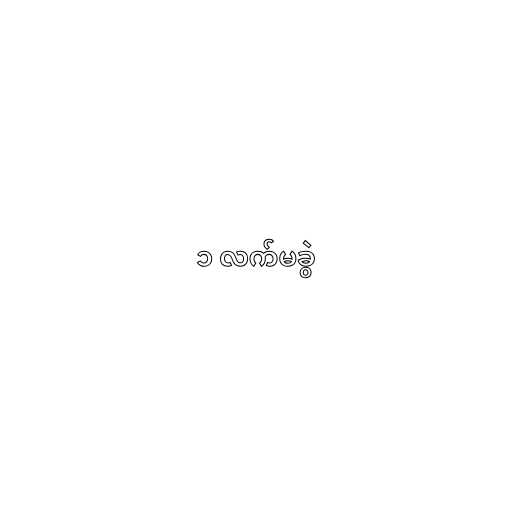
၁ လက်မခွဲ